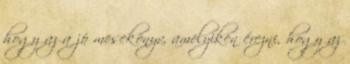
hogy az a jó mesekönyv, amelyiken érezni, hogy az